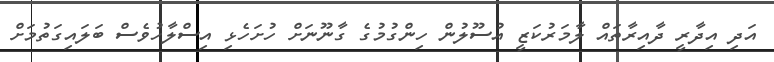
އަދި އިދާރީ ދާއިރާތައް ލާމަރުކަޒީ އުސޫލުން ހިންގުމުގެ ގާނޫނަށް ހުށަހެޅި އިސްލާހުވެސް ބަލައިގަތުމަށް